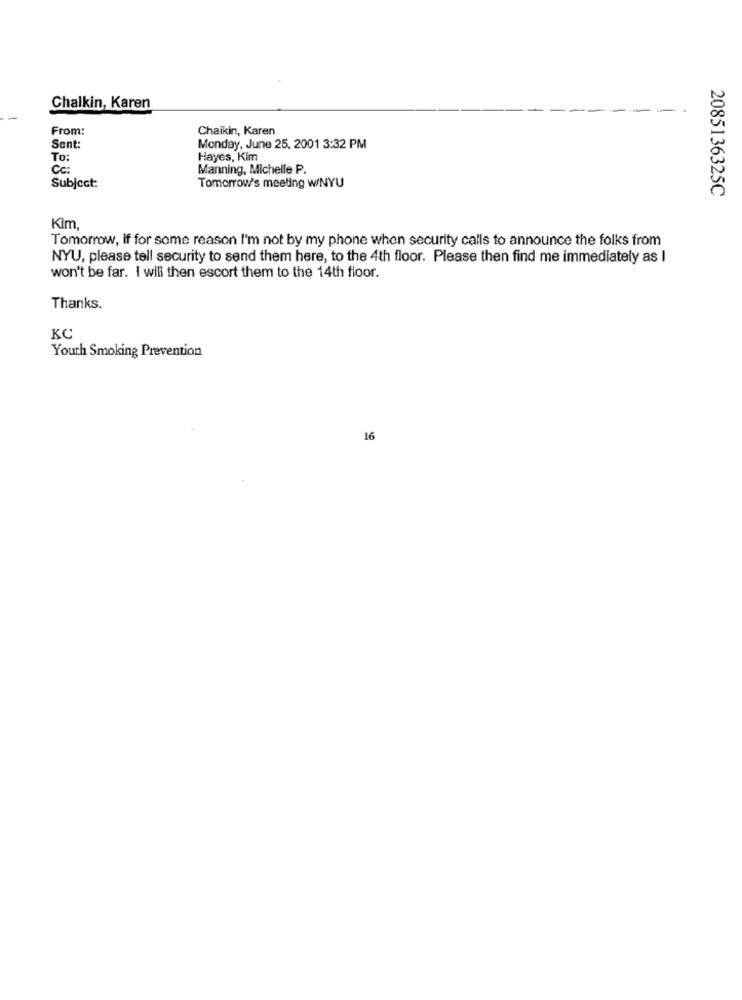
Chalkin, Karen
From:
Chaikin, Karen
Sent:
Monday, June 25, 2001 3:32 PM
To:
Hayes, Kim
Cc:
Manning, Michelle P.
Subject:
Tomorrow's meeting w/NYU
2085136325C
Kim
Tomorrow, if for some reason I'm not by my phone when security calls to announce the folks from
NYU, please tell security to send them here, to the 4th floor. Please then find me immediately as I
won't be far. I will then escort them to the 14th floor.
Thanks.
KC
Youth Smoking Prevention
16